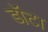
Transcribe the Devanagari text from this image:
डॉटा